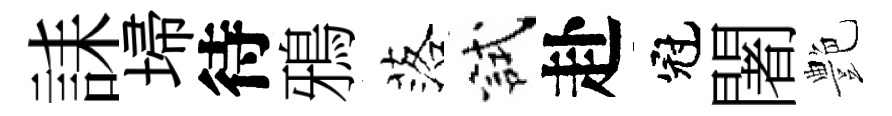
誄埽待鴉落試赴冠闍艶